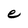
Character: e